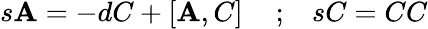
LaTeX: s{\cal\mathbf{A}}=-dC+\left[{\cal\mathbf{A}},C\right]\, \, \, \, \, \, \, ;\, \, \, \, \, sC=CC